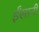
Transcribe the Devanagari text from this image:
ईंसानी